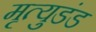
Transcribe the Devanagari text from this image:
मृत्युडंड